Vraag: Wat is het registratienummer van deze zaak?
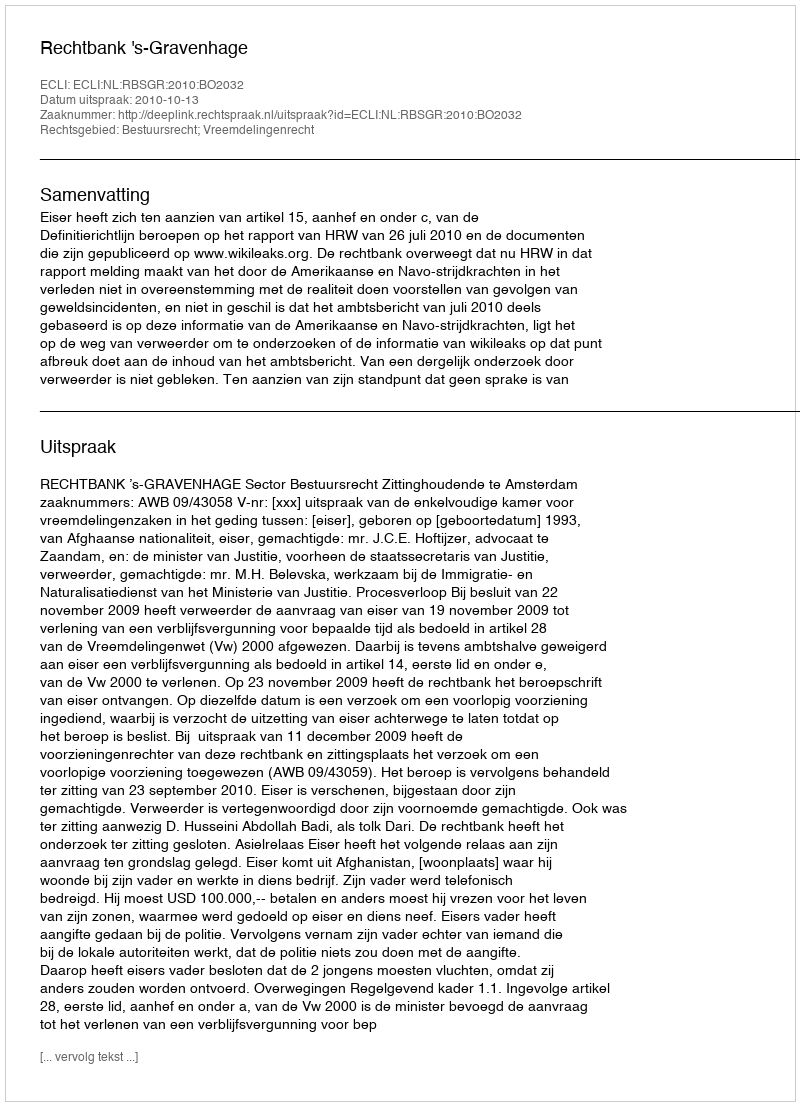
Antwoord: http://deeplink.rechtspraak.nl/uitspraak?id=ECLI:NL:RBSGR:2010:BO2032